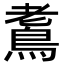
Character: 𪀧